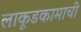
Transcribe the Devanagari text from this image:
लाकूडकामाची